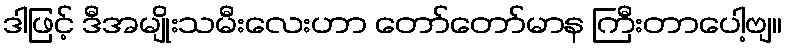
ဒါဖြင့် ဒီအမျိုးသမီးလေးဟာ တော်တော်မာန ကြီးတာပေါ့ဗျ။